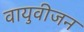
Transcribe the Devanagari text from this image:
वायुवीजन